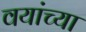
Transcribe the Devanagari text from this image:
वयांच्या